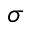
\sigma